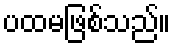
ပထမဖြစ်သည်။